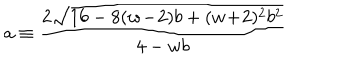
a \equiv \frac { 2 \sqrt { 1 6 - 8 ( w \! - \! 2 ) b + ( w \! + \! 2 ) ^ { 2 } b ^ { 2 } } } { 4 - w b }